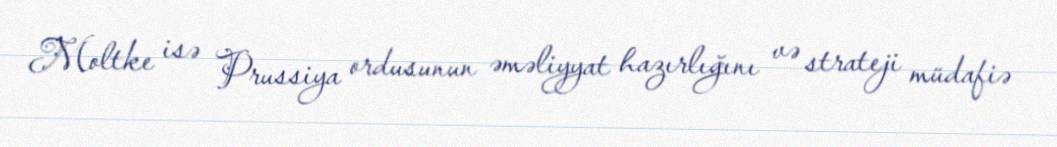
Moltke isə Prussiya ordusunun əməliyyat hazırlığını və strateji müdafiə